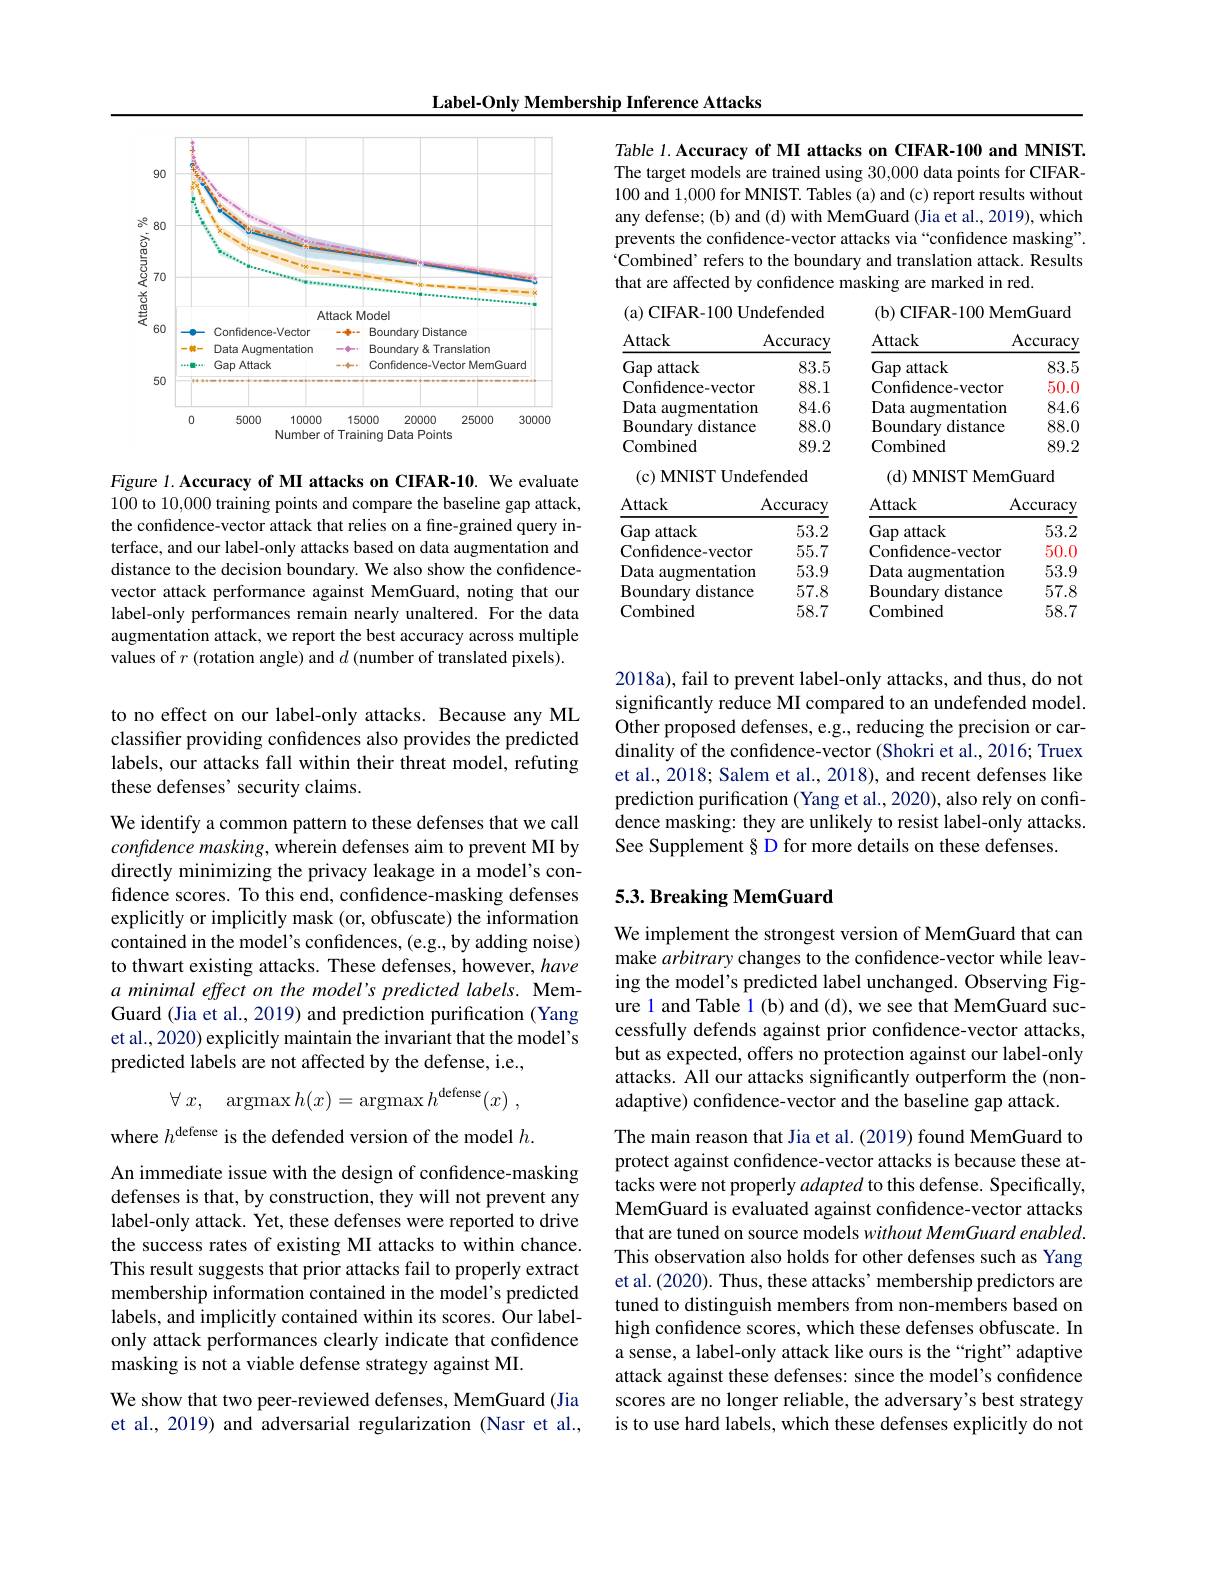
Label-Only Membership Inference Attacks

<FigureHere>

Figure 1. Accuracy of MI attacks on CIFAR-10. We evaluate 100 to 10,000 training points and compare the baseline gap attack, the confidence-vector attack that relies on a fine-grained query interface, and our label-only attacks based on data augmentation and distance to the decision boundary. We also show the confidencevector attack performance against MemGuard, noting that our label-only performances remain nearly unaltered. For the data augmentation attack, we report the best accuracy across multiple values of $r$ (rotation angle) and $d$ (number of translated pixels).

to no effect on our label-only attacks. Because any ML classifier providing confidences also provides the predicted labels, our attacks fall within their threat model, refuting these defenses' security claims.

We identify a common pattern to these defenses that we call confidence masking, wherein defenses aim to prevent MI by directly minimizing the privacy leakage in a model's confidence scores. To this end, confidence-masking defenses explicitly or implicitly mask (or, obfuscate) the information contained in the model's confidences, (e.g., by adding noise) to thwart existing attacks. These defenses, however, have a minimal effect on the model's predicted labels. MemGuard (Jia et al., 2019) and prediction purification (Yang et al., 2020) explicitly maintain the invariant that the model's predicted labels are not affected by the defense, i.e.,
$$\forall\:x,\quad\operatorname{argmax}h(x)=\operatorname{argmax}h^{\operatorname{defense}}(x)\:,$$
where $h^\text{defense is the defended version of the model }h.$

An immediate issue with the design of confidence-masking defenses is that, by construction, they will not prevent any label-only attack. Yet, these defenses were reported to drive the success rates of existing MI attacks to within chance. This result suggests that prior attacks fail to properly extract membership information contained in the model's predicted labels, and implicitly contained within its scores. Our labelonly attack performances clearly indicate that confidence masking is not a viable defense strategy against MI.

We show that two peer-reviewed defenses, MemGuard (Jia et al., 2019) and adversarial regularization (Nasr et al.,

Table 1. Accuracy of MI attacks on CIFAR-100 and MNIST. The target models are trained using 30,000 data points for CIFAR- 100 and 1,000 for MNIST. Tables (a) and (c) report results without any defense; (b) and (d) with MemGuard (Jia et al., 2019), which prevents the confidence-vector attacks via “confidence masking”. Combined’ refers to the boundary and translation attack. Results that are affected by confidence masking are marked in red.

(b) CIFAR-100 MemGuard

(a) CIFAR-100 Undefended

<table>
	<tbody>
		<tr>
			<th>Attack</th>
			<th>Accuracy</th>
			<th>Attack</th>
			<th>Accuracy</th>
		</tr>
		<tr>
			<td>Gap attack</td>
			<td>83.5</td>
			<td>Gap attack</td>
			<td>83.5</td>
		</tr>
		<tr>
			<td>Confidence-vector</td>
			<td>88.1</td>
			<td>Confidence-vector</td>
			<td>50.0</td>
		</tr>
		<tr>
			<td>Data augmentation</td>
			<td>84.6</td>
			<td>Data augmentation</td>
			<td>84.6</td>
		</tr>
		<tr>
			<td>Boundary distance</td>
			<td>88.0</td>
			<td>Boundarv distance</td>
			<td>88.0</td>
		</tr>
		<tr>
			<td>Combined</td>
			<td>89.2</td>
			<td>Combined</td>
			<td>89.2</td>
		</tr>
		<tr>
			<td>(c) MNIST Undex</td>
			<td>fended</td>
			<td>(d) MNIST Mem</td>
			<td>Guard</td>
		</tr>
		<tr>
			<td>Attack</td>
			<td>Accuracy</td>
			<td>Attack</td>
			<td>Accuracy</td>
		</tr>
		<tr>
			<td>$Gap:$ attack</td>
			<td>53.2</td>
			<td>Gap attack</td>
			<td>53.2</td>
		</tr>
		<tr>
			<td>Confidence-vector</td>
			<td>55.7</td>
			<td>Confidence-vector</td>
			<td>50.0</td>
		</tr>
		<tr>
			<td>Data augmentation</td>
			<td>53.9</td>
			<td>Data augmentation</td>
			<td>53.9</td>
		</tr>
		<tr>
			<td>Boundary distance</td>
			<td>57.8</td>
			<td>Boundary distance</td>
			<td>57.8</td>
		</tr>
		<tr>
			<td>Combined</td>
			<td>58.7</td>
			<td>Combined</td>
			<td>58.7</td>
		</tr>
	</tbody>
</table>

2018a), fail to prevent label-only attacks, and thus, do not significantly reduce MI compared to an undefended model. Other proposed defenses, e.g., reducing the precision or cardinality of the confidence-vector (Shokri et al., 2016; Truex et al., 2018; Salem et al., 2018), and recent defenses like prediction purification (Yang et al., 2020), also rely on confidence masking: they are unlikely to resist label-only attacks. See Supplement§ D for more details on these defenses.

## 5.3. Breaking MemGuard

We implement the strongest version of MemGuard that can make arbitrary changes to the confidence-vector while leaving the model's predicted label unchanged. Observing Figure 1 and Table 1 (b) and (d), we see that MemGuard successfully defends against prior confidence-vector attacks, but as expected, offers no protection against our label-only attacks. All our attacks significantly outperform the (nonadaptive) confidence-vector and the baseline gap attack.

The main reason that Jia et al. (2019) found MemGuard to protect against confdence-vector attacks is because these attacks were not properly adapted to this defense. Specifically, MemGuard is evaluated against confdence-vector attacks that are tuned on source models without MemGuard enabled. This observation also holds for other defenses such as Yang et al. (2020). Thus, these attacks' membership predictors are tuned to distinguish members from non-members based on high confidence scores, which these defenses obfuscate. In a sense, a label-only attack like ours is the “right" adaptive attack against these defenses: since the model's confidence scores are no longer reliable, the adversary's best strategy is to use hard labels, which these defenses explicitly do not